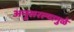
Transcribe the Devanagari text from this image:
अनुसरल्यामुळे